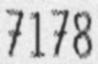
7178